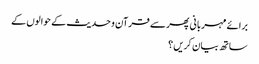
برائے مہربانی پھر سے قرآن و حدیث کے حوالوں کے
ساتھ بیان کریں ؟